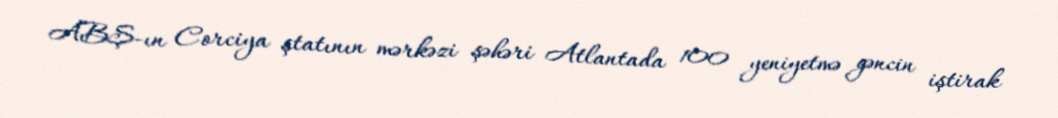
ABŞ-ın Corciya ştatının mərkəzi şəhəri Atlantada 100 yeniyetmə gəncin iştirak